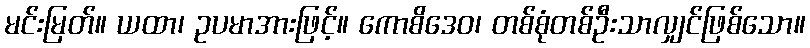
မင်းမြတ်။ ယထာ၊ ဥပမာအားဖြင့်။ ကောစိဒေဝ၊ တစ်စုံတစ်ဦးသာလျှင်ဖြစ်သော။